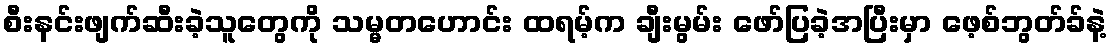
စီးနင်းဖျက်ဆီးခဲ့သူတွေကို သမ္မတဟောင်း ထရမ့်က ချီးမွမ်း ဖော်ပြခဲ့အပြီးမှာ ဖေ့စ်ဘွတ်ခ်နဲ့